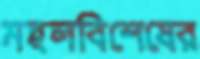
মহলবিশেষের